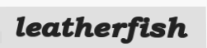
leatherfish